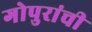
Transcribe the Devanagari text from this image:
गोपुरांची